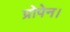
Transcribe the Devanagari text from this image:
प्रोपेन।